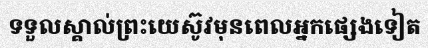
ទទួលស្គាល់ព្រះយេស៊ូវមុនពេលអ្នកផ្សេងទៀត